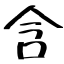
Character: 含